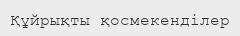
Құйрықты қосмекенділер